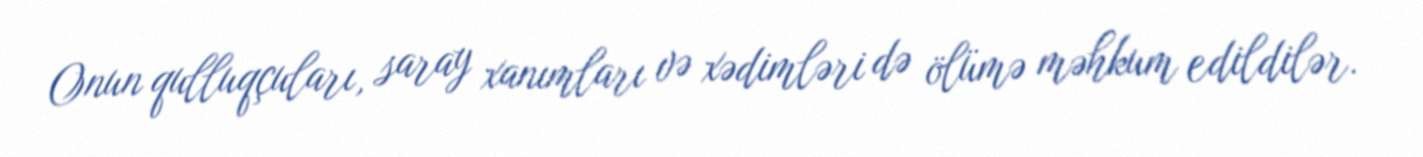
Onun qulluqçuları, saray xanımları və xədimləri də ölümə məhkum edildilər.